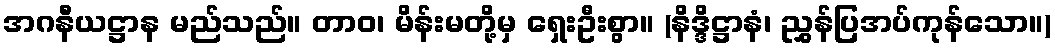
အဂနီယဋ္ဌာန မည်သည်။ တာဝ၊ မိန်းမတို့မှ ရှေးဦးစွာ။ (နိဒ္ဒိဋ္ဌာနံ၊ ညွှန်ပြအပ်ကုန်သော။)